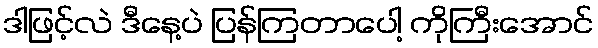
ဒါဖြင့်လဲ ဒီနေ့ပဲ ပြန်ကြတာပေါ့ ကိုကြီးအောင်